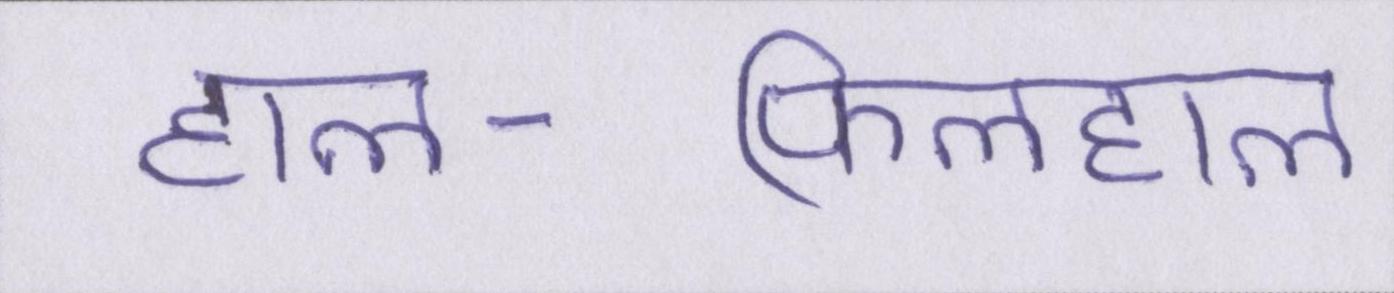
हाल-फिलहाल